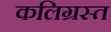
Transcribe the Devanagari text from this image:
कलिग्रस्त